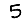
Digit: 5